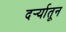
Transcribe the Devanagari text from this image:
दर्र्‍यातून